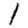
Digit: 1